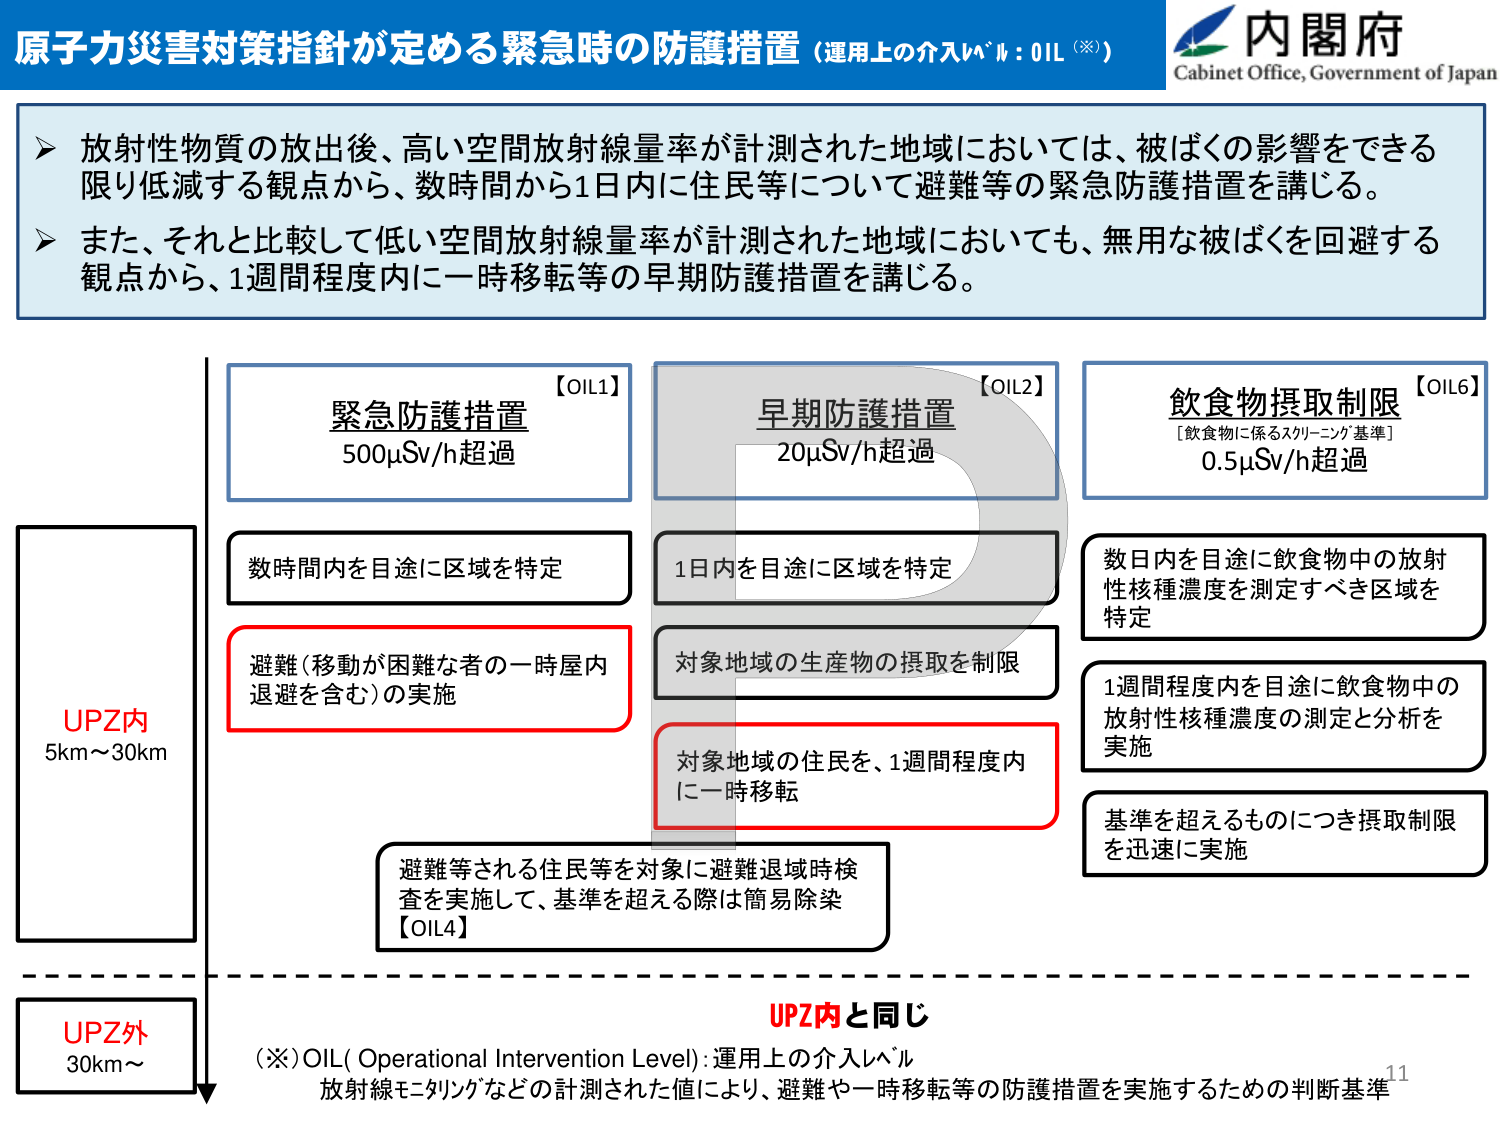
原子力災害対策指針が定める緊急時の防護措置（運用上の介入レベル：OIL（※））

内閣府
Cabinet Office, Government of Japan

▶ 放射性物質の放出後、高い空間放射線量率が計測された地域においては、被ばくの影響をできる限り低減する観点から、数時間から1日内に住民等について避難等の緊急防護措置を講じる。
▶ また、それと比較して低い空間放射線量率が計測された地域においても、無用な被ばくを回避する観点から、1週間程度内に一時移転等の早期防護措置を講じる。

【OIL1】
緊急防護措置
500μSv/h超過

【OIL2】
早期防護措置
20μSv/h超過

【OIL6】
飲食物摂取制限
［飲食物に係るスクリーニング基準］
0.5μSv/h超過

UPZ内
5km～30km

数時間内を目途に区域を特定

避難（移動が困難な者の一時屋内退避を含む）の実施

1日内を目途に区域を特定

対象地域の生産物の摂取を制限

対象地域の住民を、1週間程度内に一時移転

数日内を目途に飲食物中の放射性核種濃度を測定すべき区域を特定

1週間程度内を目途に飲食物中の放射性核種濃度の測定と分析を実施

基準を超えるものにつき摂取制限を迅速に実施

避難等される住民等を対象に避難退域時検査を実施して、基準を超える際は簡易除染
【OIL4】

UPZ外
30km～

UPZ内と同じ

（※）OIL（Operational Intervention Level）：運用上の介入レベル
放射線モニタリングなどの計測された値により、避難や一時移転等の防護措置を実施するための判断基準

11